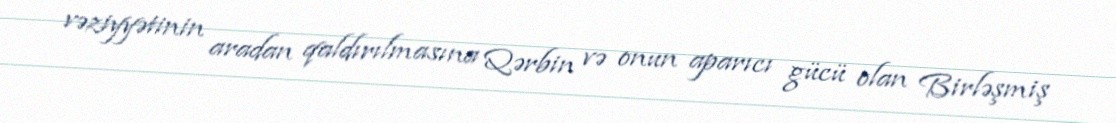
vəziy­yətinin aradan qaldırılmasına Qərbin və onun aparıcı gücü olan Birləşmiş